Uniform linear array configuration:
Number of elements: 64
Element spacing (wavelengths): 0.25
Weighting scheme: uniform
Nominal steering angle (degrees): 0
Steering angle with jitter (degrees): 0.7198
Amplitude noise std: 0.05
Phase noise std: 0.05

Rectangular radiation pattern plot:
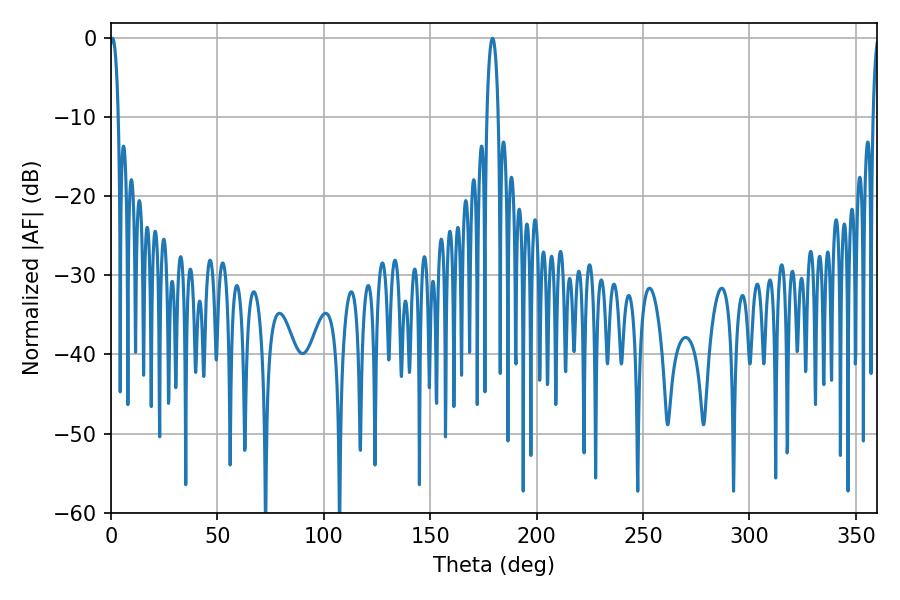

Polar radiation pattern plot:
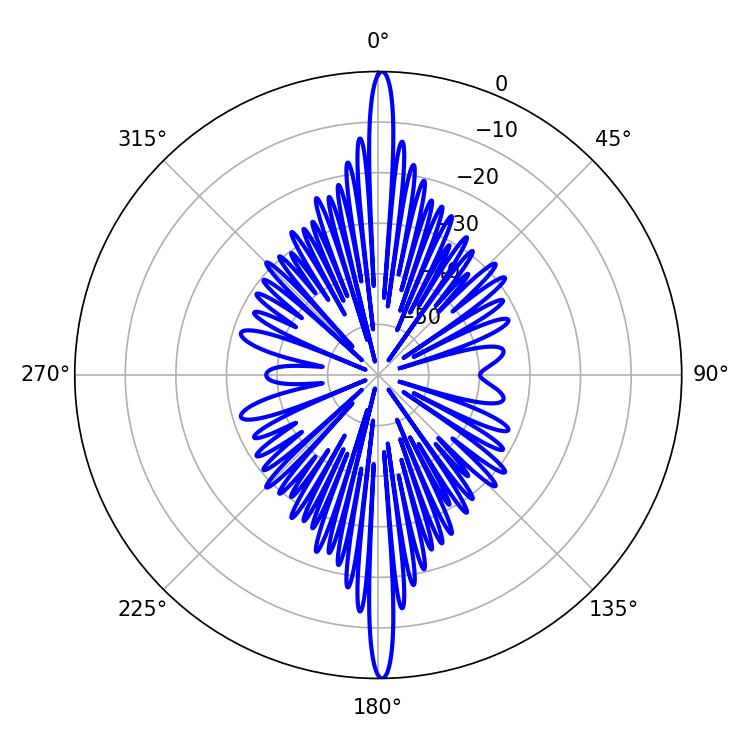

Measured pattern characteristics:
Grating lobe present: FALSE
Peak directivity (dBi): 31.148
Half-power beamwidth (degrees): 2.16
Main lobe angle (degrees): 0.72